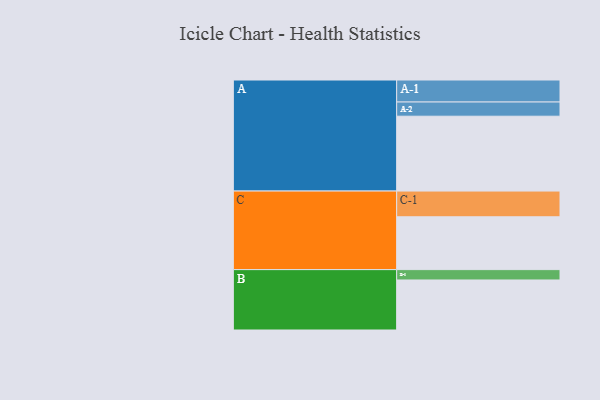
{"axis": {"x": "Segment", "y": "Value"}, "legend": ["", "A", "B", "C"], "data": [{"x": "A", "y": 585, "type": ""}, {"x": "B", "y": 391, "type": ""}, {"x": "C", "y": 413, "type": ""}, {"x": "A-1", "y": 172, "type": "A"}, {"x": "A-2", "y": 111, "type": "A"}, {"x": "B-1", "y": 81, "type": "B"}, {"x": "C-1", "y": 201, "type": "C"}]}